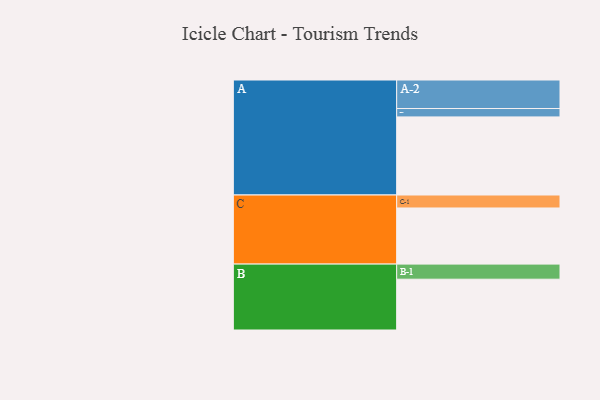
{"axis": {"x": "Segment", "y": "Value"}, "legend": ["", "A", "B", "C"], "data": [{"x": "A", "y": 512, "type": ""}, {"x": "B", "y": 333, "type": ""}, {"x": "C", "y": 368, "type": ""}, {"x": "A-1", "y": 55, "type": "A"}, {"x": "A-2", "y": 187, "type": "A"}, {"x": "B-1", "y": 99, "type": "B"}, {"x": "C-1", "y": 85, "type": "C"}]}